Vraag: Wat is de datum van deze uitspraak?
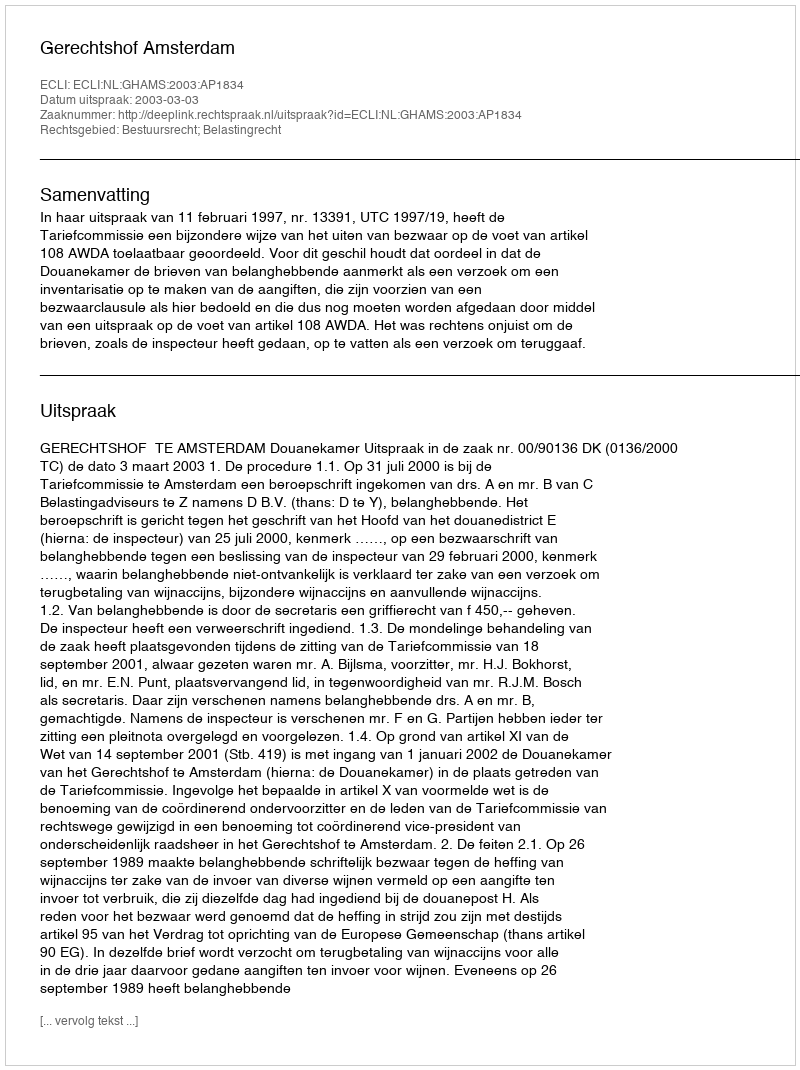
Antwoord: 2003-03-03